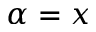
\alpha = x